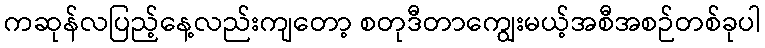
ကဆုန်လပြည့်နေ့လည်းကျတော့ စတုဒီတာကျွေးမယ့်အစီအစဉ်တစ်ခုပါ